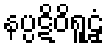
နပ္ပဋိဝိရူဠှံ